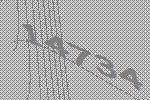
14734